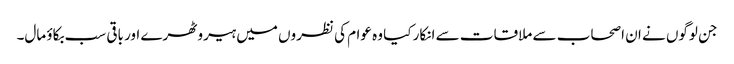
جن لوگوں نے ان اصحاب سے ملاقات سے انکار کیا وہ عوام کی نظروں میں ہیرو ٹھرے اور باقی سب بکاؤ مال۔